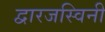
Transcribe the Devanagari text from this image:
द्वारजस्विनी